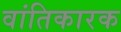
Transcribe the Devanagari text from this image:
वांतिकारक